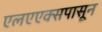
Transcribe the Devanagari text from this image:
एलएएक्सपासून